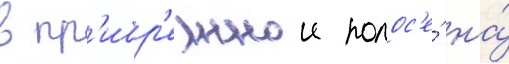
в пр'ибр'ежнои полос'е́ на́